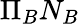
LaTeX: \Pi_{B}N_{B}